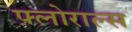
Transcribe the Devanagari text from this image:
फ़्लोराल्स